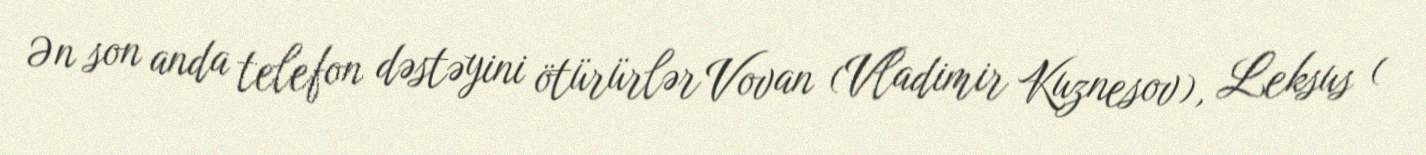
Ən son anda telefon dəstəyini ötürürlər Vovan (Vladimir Kuznesov), Leksus (